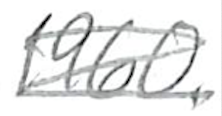
Text: 1960.
Cross-out: scratch
Writing tool: pencil